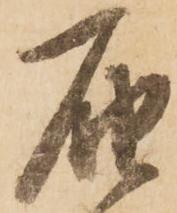
届